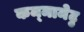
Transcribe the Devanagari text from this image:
कम्‍मामेटु